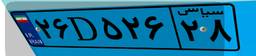
۲۶D۵۲۶۲۸